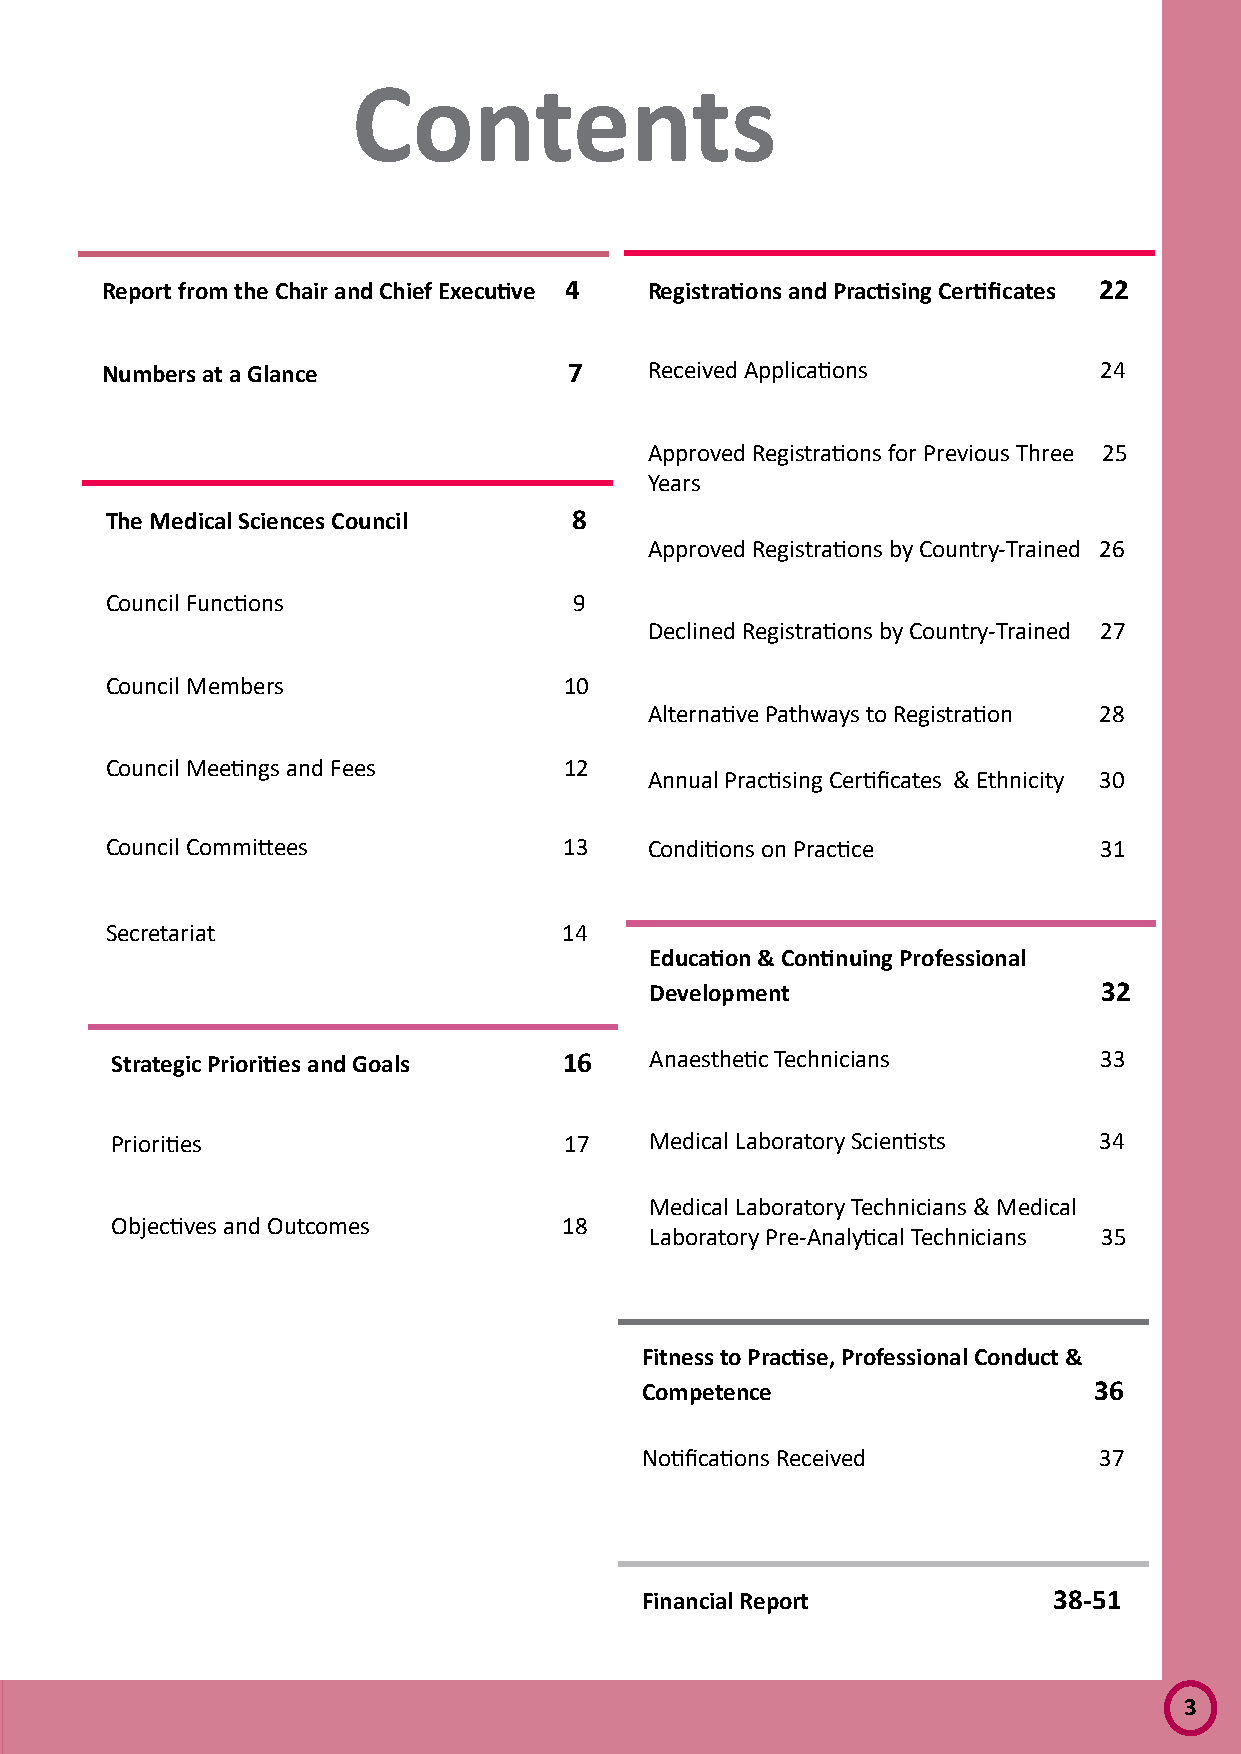
Contents
 Report from the Chair and Chief Executive 4 Registrations and Practising Certificates 22
 Numbers at a Glance            7    Received Applications         24
 Approved Registrations for Previous Three 25
 Years
 The Medical Sciences Council   8
 Approved Registrations by Country-Trained 26
 Council Functions              9
 Declined Registrations by Country-Trained 27
 Council Members               10
 Alternative Pathways to Registration 28
 Council Meetings and Fees     12
 Annual Practising Certificates & Ethnicity 30
 Council Committees            13    Conditions on Practice        31
 Secretariat                   14
 Education & Continuing Professional
 Development                   32
 Strategic Priorities and Goals 16   Anaesthetic Technicians       33
 Priorities                    17    Medical Laboratory Scientists 34
 Medical Laboratory Technicians & Medical
 Objectives and Outcomes       18
 Laboratory Pre-Analytical Technicians 35
 Fitness to Practise, Professional Conduct &
 Competence                    36
 Notifications Received         37
 Financial Report            38-51
 3